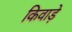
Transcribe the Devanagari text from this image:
किवाड़े